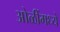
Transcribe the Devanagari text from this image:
ओळींमध्ये